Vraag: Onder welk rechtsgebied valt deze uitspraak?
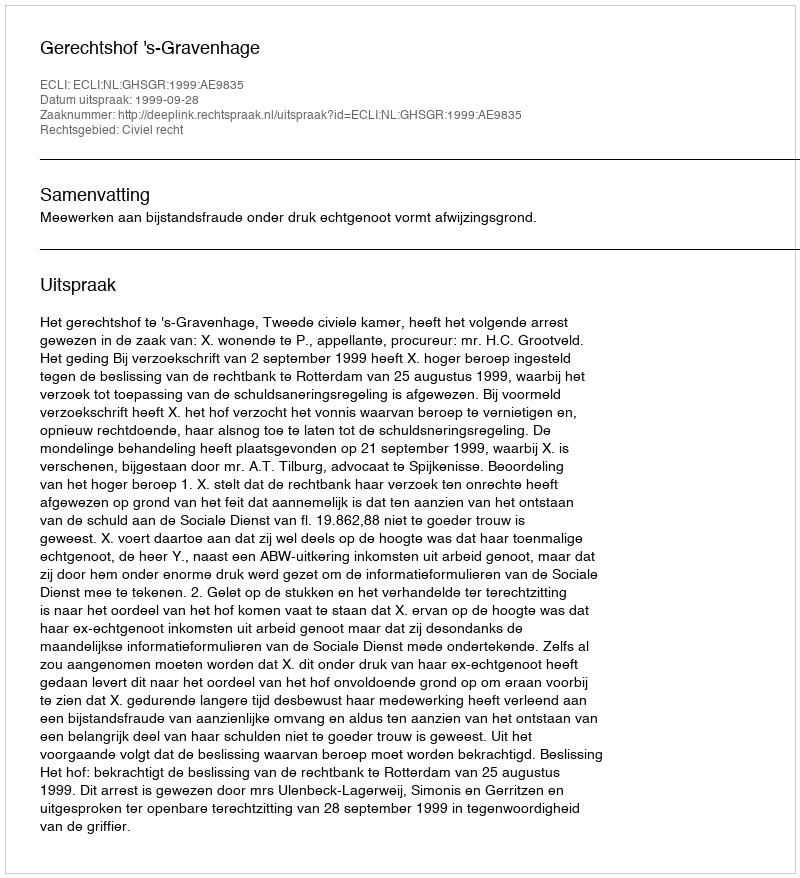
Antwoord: Civiel recht